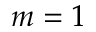
m = 1